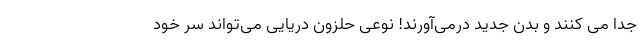
جدا می کنند و بدن جدید درمی‌آورند! نوعی حلزون دریایی می‌تواند سر خود